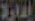
إدارة